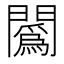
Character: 䦱